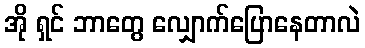
အို ရှင် ဘာတွေ လျှောက်ပြောနေတာလဲ